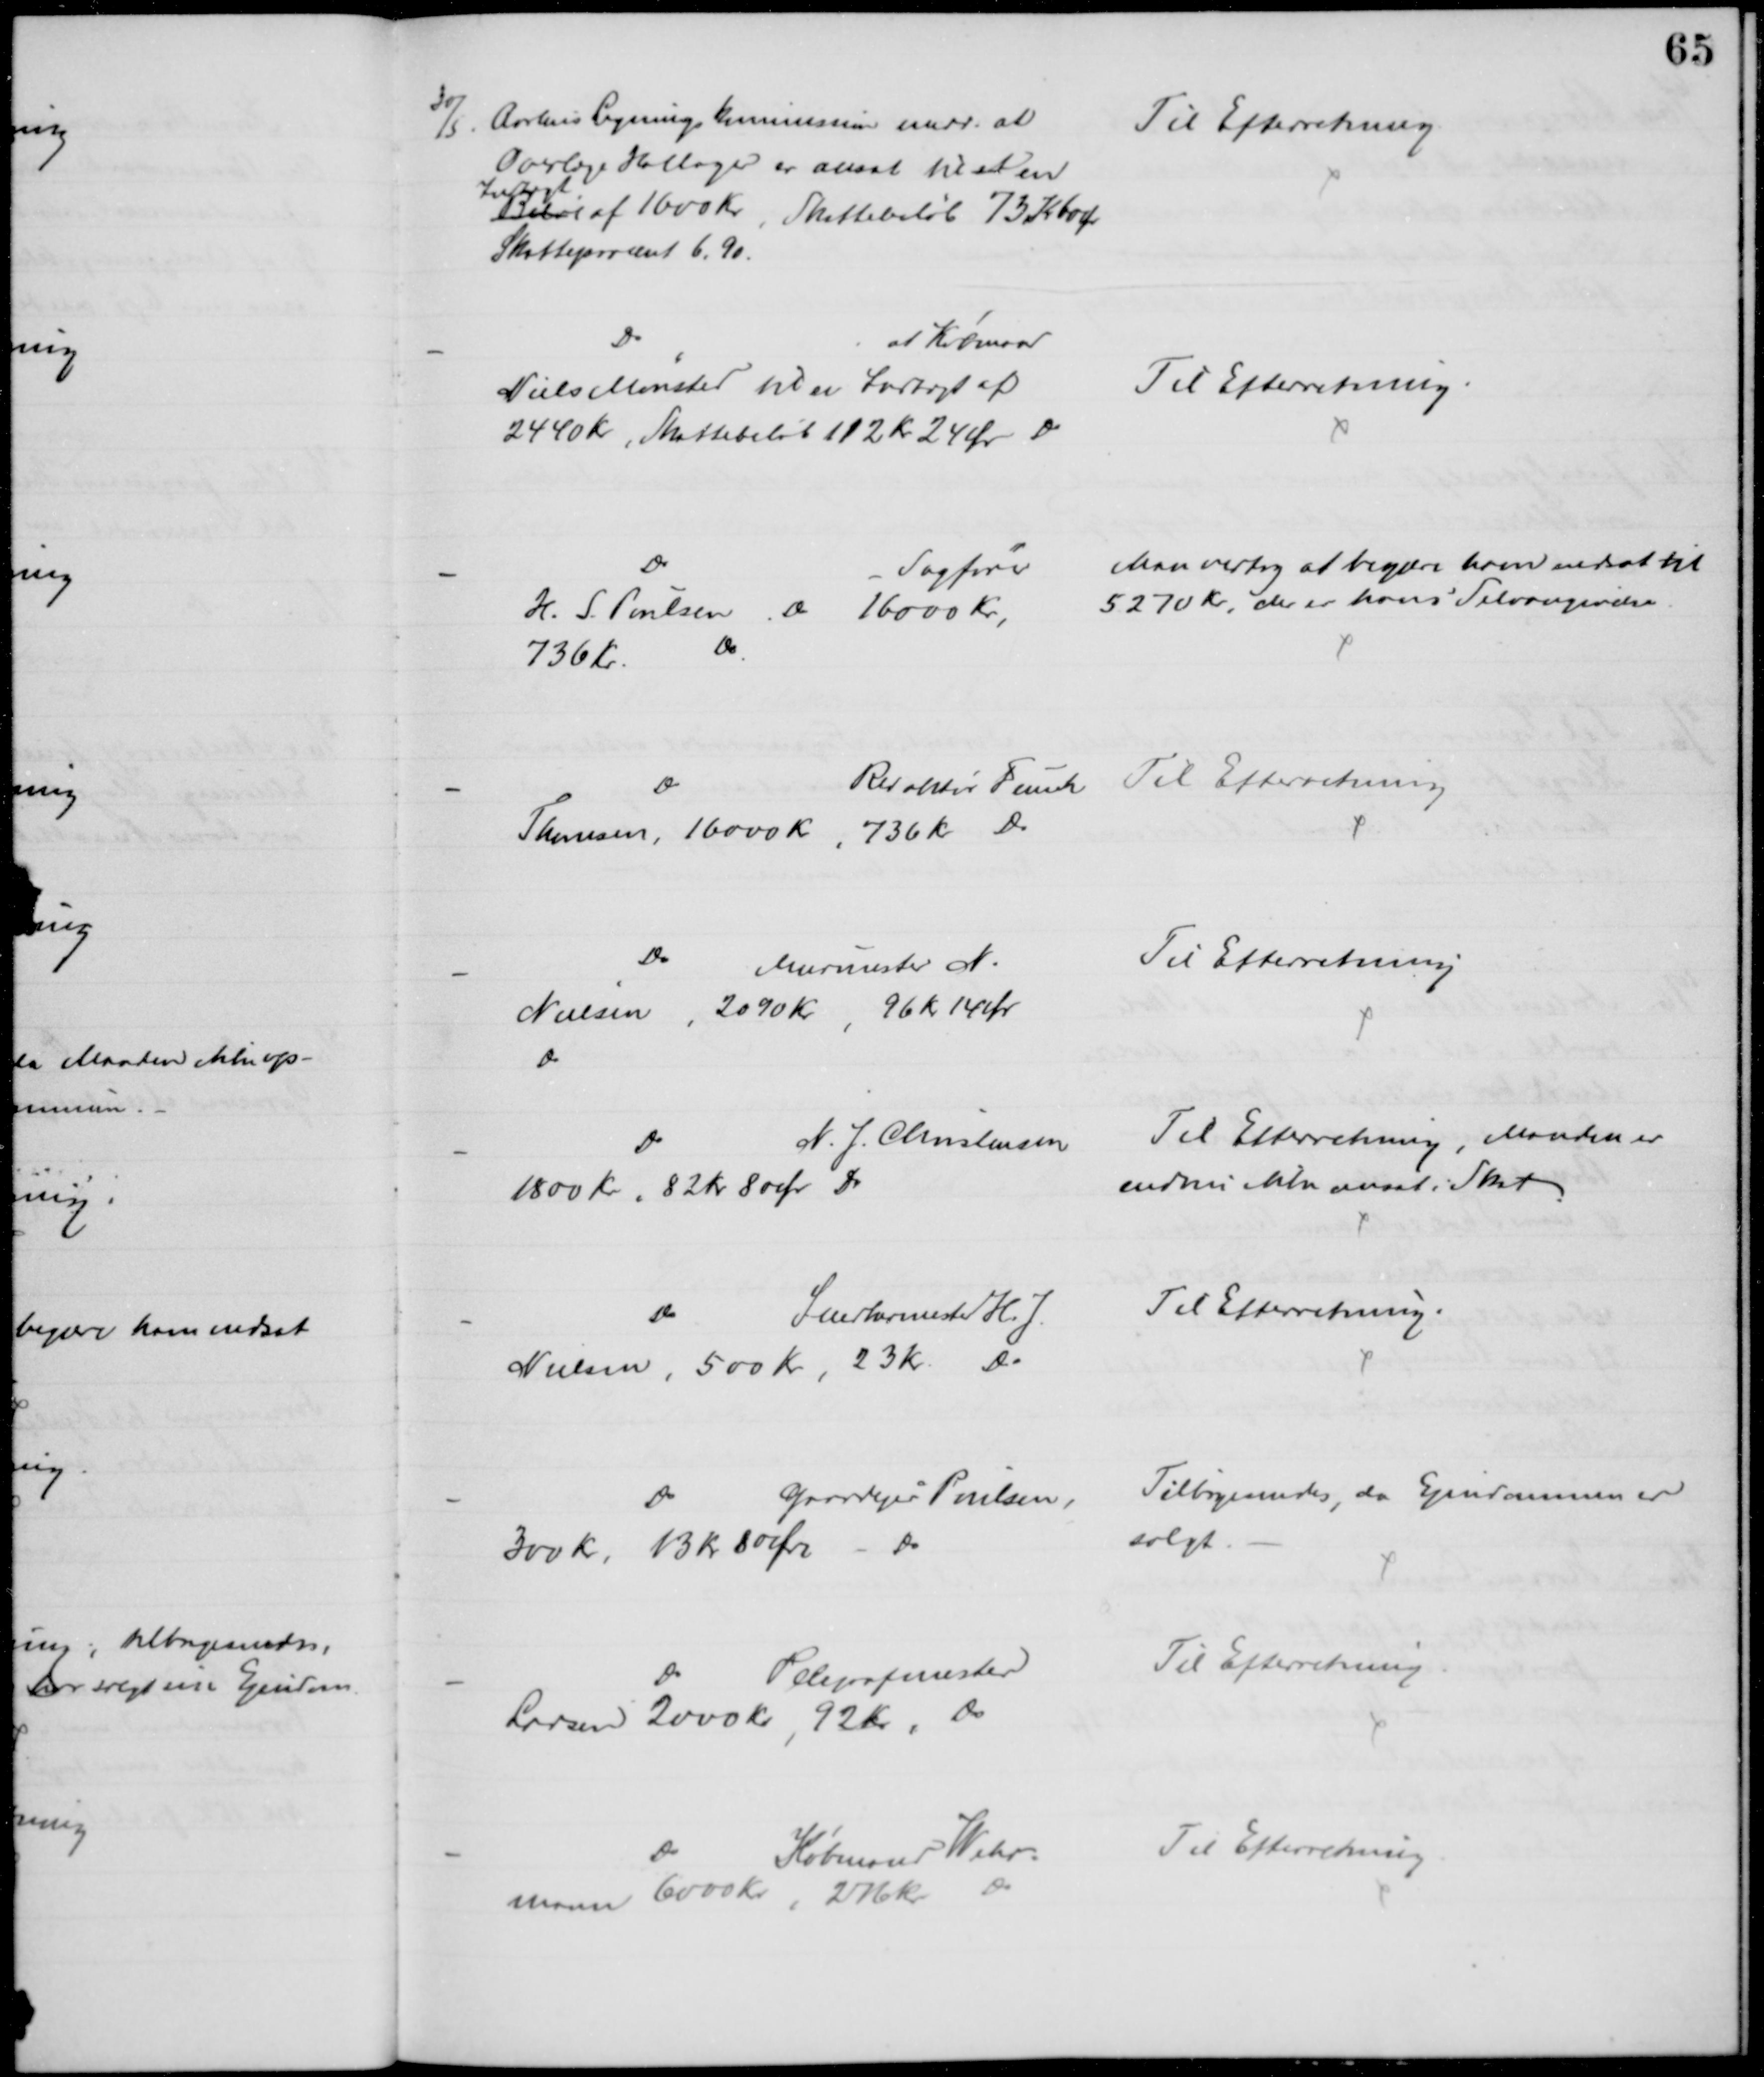
Transskription:
30/5. Aarhus Ligningskommission medd. at
Overlæge Hallager er ansat til et en
Beløb
Indtægt
af 1600 Kr, Skattebeløb 73 Kr 60 Ør
Skatteprocent 6,90.
Til Efterretning
Do
at Købmand
Niels Mønsted til en Indtægt af
2440 Kr, Skattebeløb 112 Kr 24 Øre Do 
Til Efterretning.
Do
Sagfører
H. S. Poulsen Do 16000 Kr,
736 Kr.
Do
Man vedtog at begære ham nedsat til 
5270 Kr, der er hans Selvangivelse
Do
Redaktør Funch 
Thomsen, 16000 Kr, 736 kr Do
Til Efterretning
Do
Murmester N.
Nielsen, 2090 Kr, 96 Kr 14 Ør
Do
Til Efterretning
Do
N. J. Christensen
1800 Kr, 82 Kr 80 Øre Do
Til Efterretning, Manden er
endnu ikke ansat i Skat
Do
Snedkermester H. J.
Nielsen, 500 Kr, 23 Kr. Do
Til Efterretning.
Do
Gaardejer Poulsen,
300 Kr, 13 kr 80 Øre - Do
Tilbagesendes, da Ejendommen er
solgt.
Do
Telegrafmester
Larsen 2000 Kr, 92 Kr, Do
Til Efterretning
Do
Købmand Wehr-
mann 6000 Kr, 276 kr Do
Til Efterretning